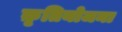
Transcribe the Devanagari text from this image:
क़ृतियोजना